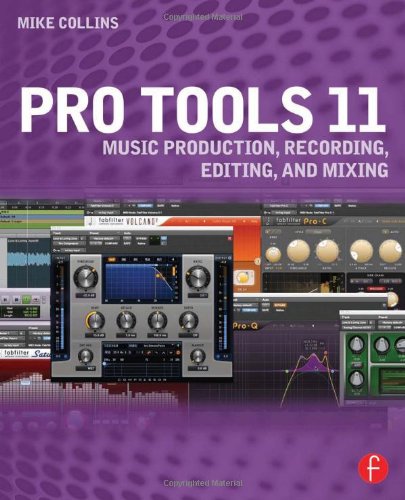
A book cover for Pro Tools 11: Music Production, Recording, Editing, and Mixing; Mike Collins; Arts & Photography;